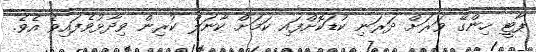
ޕާޓީ ހިންގޭ ވަރަށް ދަރަނި ކުޑަކޮށްފައި ކަމަށް ކާނަލް ކުރިން ވިދާޅުވެފައިވެ އެވެ.